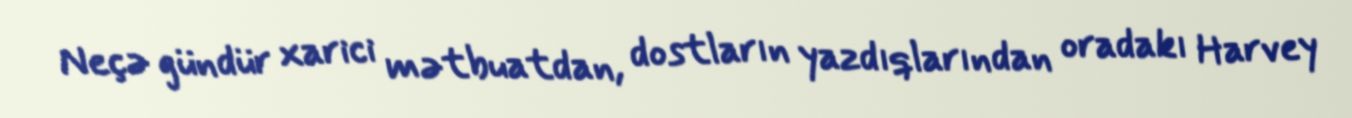
Neçə gündür xarici mətbuatdan, dostların yazdıqlarından oradakı Harvey